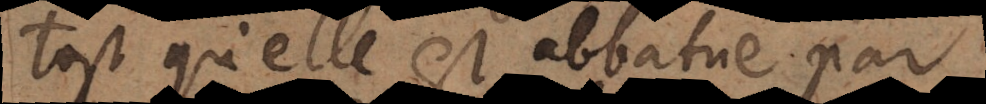
tost qu’elle est abbatue par